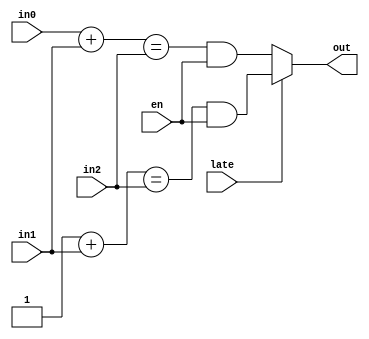
module shannon_fast (in0, in1, in2, late, en, out);
input [7 : 0] in0, in1, in2;
input         late, en;
output        out;
wire          late_eq_0, late_eq_1;
assign late_eq_0 = ((in0+in1) == in2) & en;
//assign late_eq_0 = ((({8{1'b0}} | in0) + in1) == in2) & en;
assign late_eq_1 = ((8'b1+in1) == in2) & en;
//assign late_eq_1 = ((({8{1'b1}} | in0) + in1) == in2) & en;
assign out = (late) ? late_eq_1 : late_eq_0;
endmodule